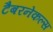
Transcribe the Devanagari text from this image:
टैबरनेकल्स